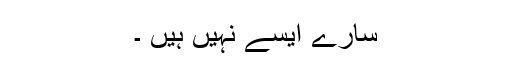
سارے ایسے نہیں ہیں ۔